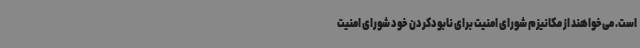
است. می‌خواهند از مکانیزم شورای امنیت برای نابودکردن خود شورای امنیت